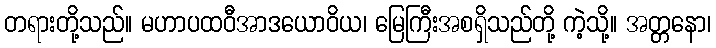
တရားတို့သည်။ မဟာပထဝီအာဒယောဝိယ၊ မြေကြီးအစရှိသည်တို့ ကဲ့သို့။ အတ္တနော၊